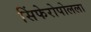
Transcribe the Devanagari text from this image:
सिंफेरोपोलला